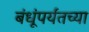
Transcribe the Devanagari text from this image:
बंधूंपर्यंतच्या